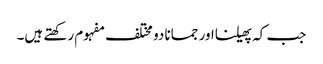
جب کہ پھیلنااور جمانا دو مختلف مفہوم رکھتے ہیں۔